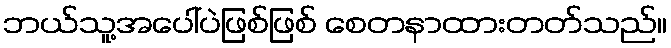
ဘယ်သူ့အပေါ်ပဲဖြစ်ဖြစ် စေတနာထားတတ်သည်။